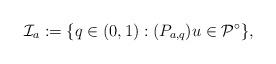
LaTeX: \begin{align*}\mathcal{I}_{a}:=\{q\in(0,1):(P_{a,q})u\in\mathcal{P}^{\circ}\},\end{align*}